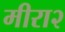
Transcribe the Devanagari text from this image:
मीरा२